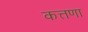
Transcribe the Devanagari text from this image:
कत्तणा